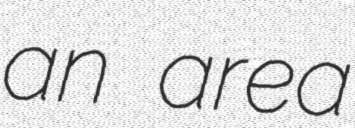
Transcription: an area